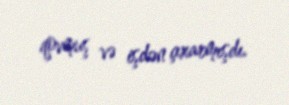
qovmuş və işdən çıxarmışdı.